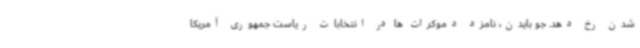
شدن رخ دهد. جو بایدن، نامزد دموکرات ها در انتخابات ریاست جمهوری آمریکا